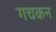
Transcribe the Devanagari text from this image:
गचकन